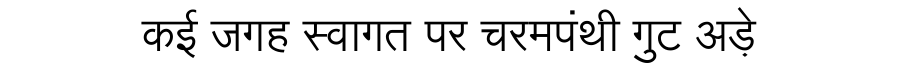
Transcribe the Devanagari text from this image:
कई जगह स्वागत पर चरमपंथी गुट अड़े